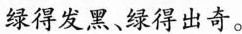
绿得发黑、绿得出奇。